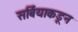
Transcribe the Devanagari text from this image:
सर्बियाकडून